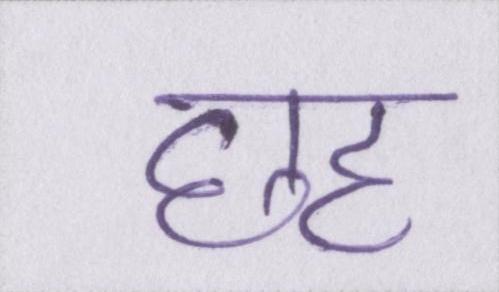
छह